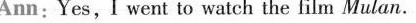
Ann:Yes,I went to watch the film Mulan.